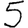
Digit: 5